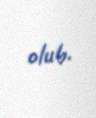
olub.